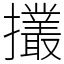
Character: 𢹸